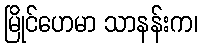
မြိုင်ဟေမာ သာနန်းက၊